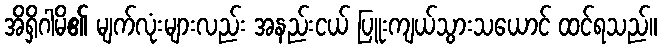
အိရှိဂါမိ၏ မျက်လုံးများလည်း အနည်းငယ် ပြူးကျယ်သွားသယောင် ထင်ရသည်။